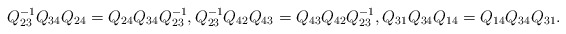
\begin{gather*}Q_{23}^{-1}Q_{34}Q_{24}=Q_{24}Q_{34}Q_{23}^{-1},Q_{23}^{-1}Q_{42}Q_{43}=Q_{43}Q_{42}Q_{23}^{-1},Q_{31}Q_{34}Q_{14}=Q_{14}Q_{34}Q_{31}.\end{gather*}